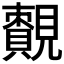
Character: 𧢔